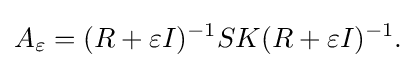
\displaystyle {A_{\varepsilon }=(R+\varepsilon I)^{-1}SK(R+\varepsilon I)^{-1}.}